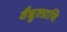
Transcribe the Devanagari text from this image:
वैद्युतप्राप्ति